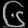
Digit: ၆